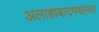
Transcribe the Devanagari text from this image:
अलाहाबादमधल्या